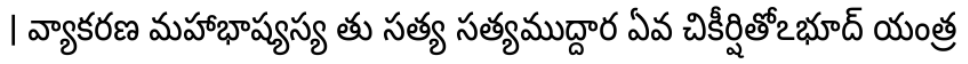
। వ్యాకరణ మహాభాష్యస్య తు సత్య సత్యముద్దార ఏవ చికీర్షితోఽభూద్ యంత్ర